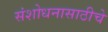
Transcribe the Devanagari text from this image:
संशोधनासाठीचे